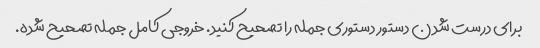
برای درست شدن دستور دستوری جمله را تصحیح کنید. خروجی کامل جمله تصحیح شده.